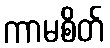
ကာမစိတ်